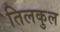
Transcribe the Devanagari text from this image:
तिलकुल